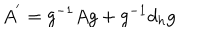
LaTeX: A ^ { ' } = g ^ { - 1 } A g + g ^ { - 1 } d _ { h } g